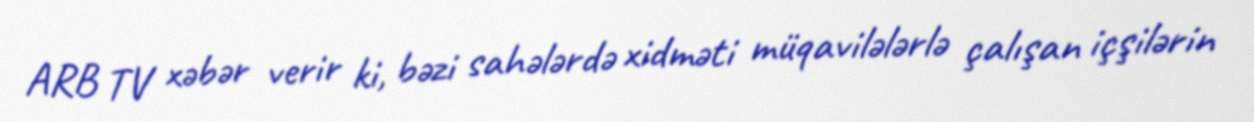
ARB TV xəbər verir ki, bəzi sahələrdə xidməti müqavilələrlə çalışan içşilərin